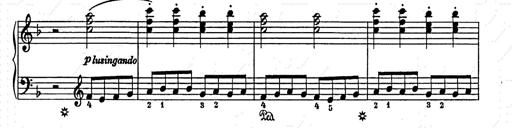
Title: Weihnachtsbaum
Composer: Franz Liszt